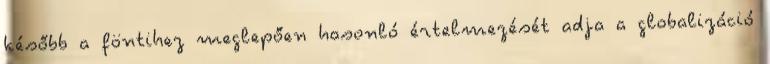
később a föntihez meglepően hasonló értelmezését adja a globalizáció